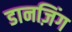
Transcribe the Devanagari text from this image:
डानज़िंग